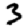
Digit: 3